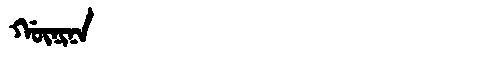
Manchu: ᡤᡡᠨᡳᠨᠠ
Romanization: GŪNINA